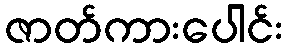
ဇာတ်ကားပေါင်း